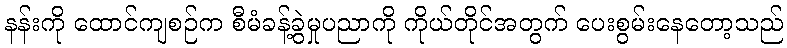
နန်းကို ထောင်ကျစဉ်က စီမံခန့်ခွဲမှုပညာကို ကိုယ်တိုင်အတွက် ပေးစွမ်းနေတော့သည်